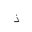
Letter: _thal